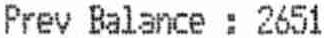
PREV BALANCE : 2651